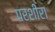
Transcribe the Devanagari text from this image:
परशीरा